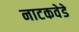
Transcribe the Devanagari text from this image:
नाटकवेडे